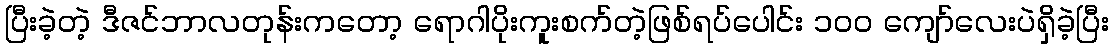
ပြီးခဲ့တဲ့ ဒီဇင်ဘာလတုန်းကတော့ ရောဂါပိုးကူးစက်တဲ့ဖြစ်ရပ်ပေါင်း ၁၀၀ ကျော်လေးပဲရှိခဲ့ပြီး